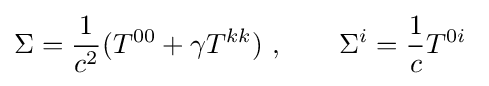
\Sigma ={\frac {1}{c^{2}}}(T^{00}+\gamma T^{kk})~,\qquad \Sigma ^{i}={\frac {1}{c}}T^{0i}~